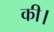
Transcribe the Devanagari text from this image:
की।